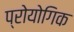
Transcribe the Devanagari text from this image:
प्रोयोगिक